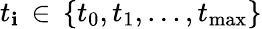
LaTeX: t_{\mathbf{i}}\, \in\, \{ t_{0},t_{1},...,t_{\operatorname*{max}}\}